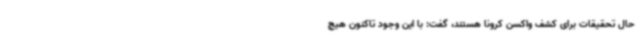
حال تحقیقات برای کشف واکسن کرونا هستند، گفت: با این وجود تاکنون هیچ